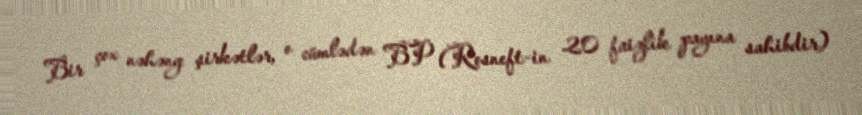
Bir çox nəhəng şirkətlər, o cümlədən BP (Rosneft-in 20 faizlik payına sahibdir)